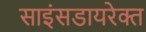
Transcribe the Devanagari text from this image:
साइंसडायरेक्त